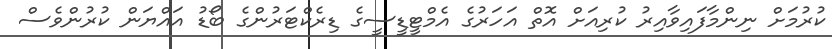
ކުރުމަށް ނިންމާފައިވާއިރު ކުރިއަށް އޮތް އަހަރުގެ އެމްޓީޑީސީގެ ޑިރެކްޓަރުންގެ ބޯޑު އައްޔަން ކުރުންވެސް